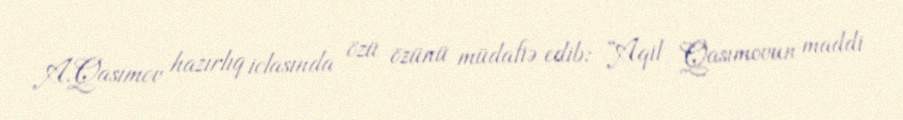
A.Qasımov hazırlıq iclasında özü özünü müdafiə edib: “Aqil Qasımovun maddi